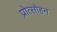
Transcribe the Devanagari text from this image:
प्रोत्साेहन